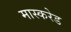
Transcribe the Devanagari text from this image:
मास्करेड